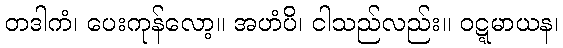
တဒါကံ၊ ပေးကုန်လော့။ အဟံပိ၊ ငါသည်လည်း။ ဝဋ္ဋမာယန၊